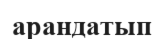
арандатып